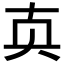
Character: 𰅴